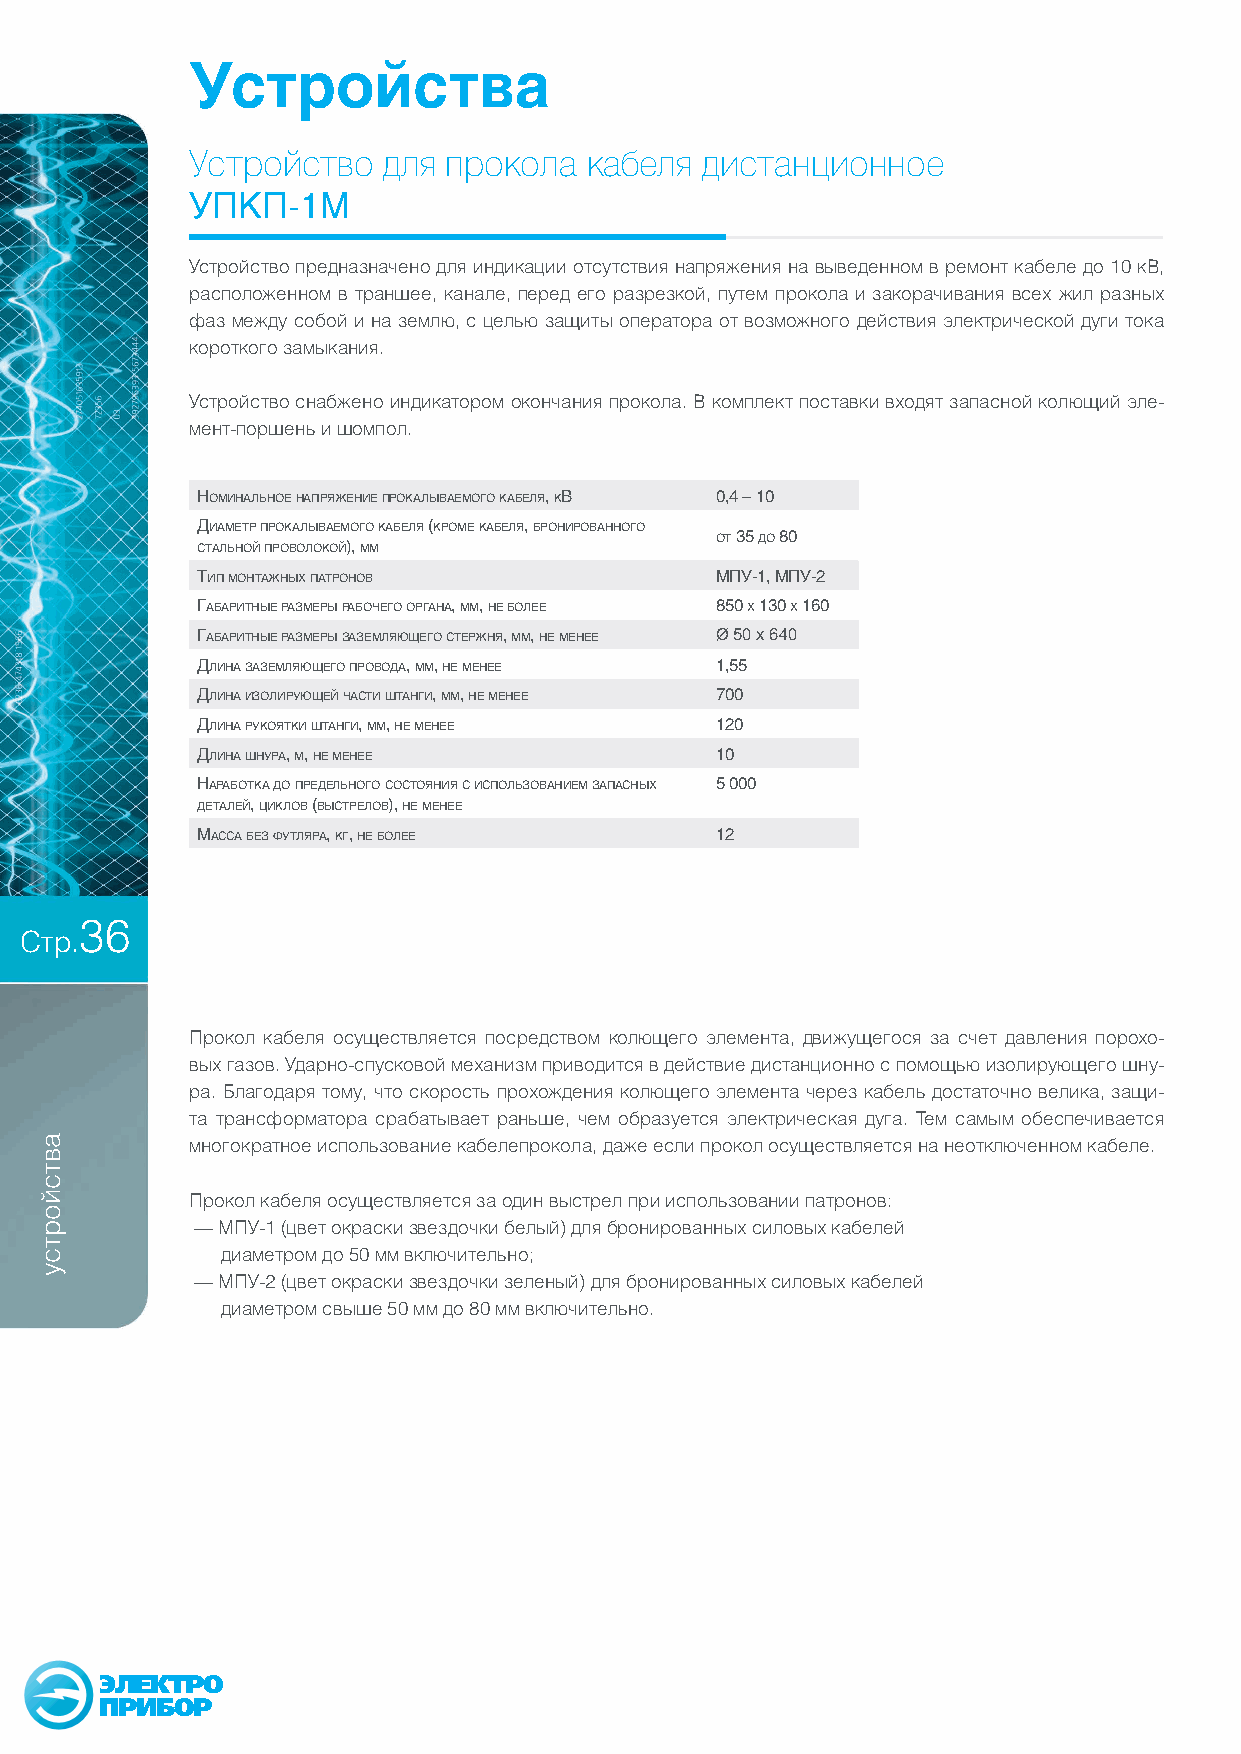
Устройства
 Устройство  для  прокола  кабеля дистанционное
 УПКП-1М
 Устройство предназначено для индикации отсутствия напряжения на выведенном в ремонт кабеле до 10 кВ,
 расположенном в траншее, канале, перед его разрезкой, путем прокола и закорачивания всех жил разных
 фаз между собой и на землю, с целью защиты оператора от возможного действия электрической дуги тока
 короткого замыкания.
 Устройство снабжено индикатором окончания прокола. В комплект поставки входят запасной колющий эле-
 мент-поршень и шомпол.
 номинальное напряжение прокалыВаемого кабеля, кВ 0,4 – 10
 ДиамеТр прокалыВаемого кабеля (кроме кабеля, бронироВанного
 оТ 35 До 80
 сТальной проВолокой), мм
 Тип монТажных паТроноВ            мпу-1, мпу-2
 габариТные размеры рабочего органа, мм, не более 850 х 130 х 160
 габариТные размеры заземляющего сТержня, мм, не менее Ø 50 x 640
 Длина заземляющего проВоДа, мм, не менее 1,55
 Длина изолирующей часТи шТанги, мм, не менее 700
 Длина рукояТки шТанги, мм, не менее 120
 Длина шнура, м, не менее          10
 нарабоТка До преДельного сосТояния с использоВанием запасных 5 000
 ДеТалей, циклоВ (ВысТрелоВ), не менее
 масса без фуТляра, кг, не более   12
 36
 Стр.
 Прокол кабеля осуществляется посредством колющего элемента, движущегося за счет давления порохо-
 вых газов. Ударно-спусковой механизм приводится в действие дистанционно с помощью изолирующего шну-
 ра. Благодаря тому, что скорость прохождения колющего элемента через кабель достаточно велика, защи-
 та трансформатора срабатывает раньше, чем образуется электрическая дуга. Тем самым обеспечивается
 многократное использование кабелепрокола, даже если прокол осуществляется на неотключенном кабеле.
 Прокол кабеля осуществляется за один выстрел при использовании патронов:
 — МПУ-1 (цвет окраски звездочки белый) для бронированных силовых кабелей
 диаметром до 50 мм включительно;
 — МПУ-2 (цвет окраски звездочки зеленый) для бронированных силовых кабелей
 диаметром свыше 50 мм до 80 мм включительно.
 ЭЛЕКТРО
 ПРИБОР
 автсйортсу